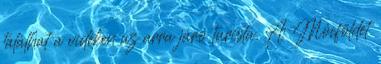
találhat a vidéken az arra járó turista. A Mócföldet